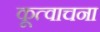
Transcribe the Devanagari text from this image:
कूत्वाचना